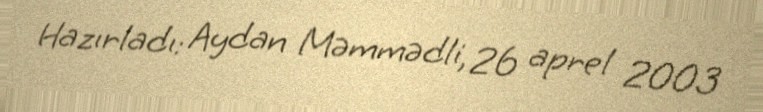
Hazırladı: Aydan Məmmədli, 26 aprel 2003